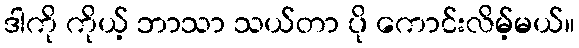
ဒါကို ကိုယ့် ဘာသာ သယ်တာ ပို ကောင်းလိမ့်မယ်။